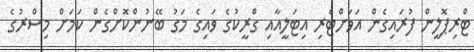
ޓްރިޕޮލީން ފުރައިގެން އަވަށްޓެރި އިޓަލީއާއި ގްރީކުގެ ވައިގެ މަގު ބޭނުންކޮށްގެން ކަމަށް މިސްރުގެ